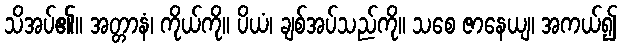
သိအပ်၏။ အတ္တာနံ၊ ကိုယ်ကို။ ပိယံ၊ ချစ်အပ်သည်ကို။ သစေ ဇာနေယျ၊ အကယ်၍